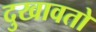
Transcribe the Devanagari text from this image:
दुखावतो